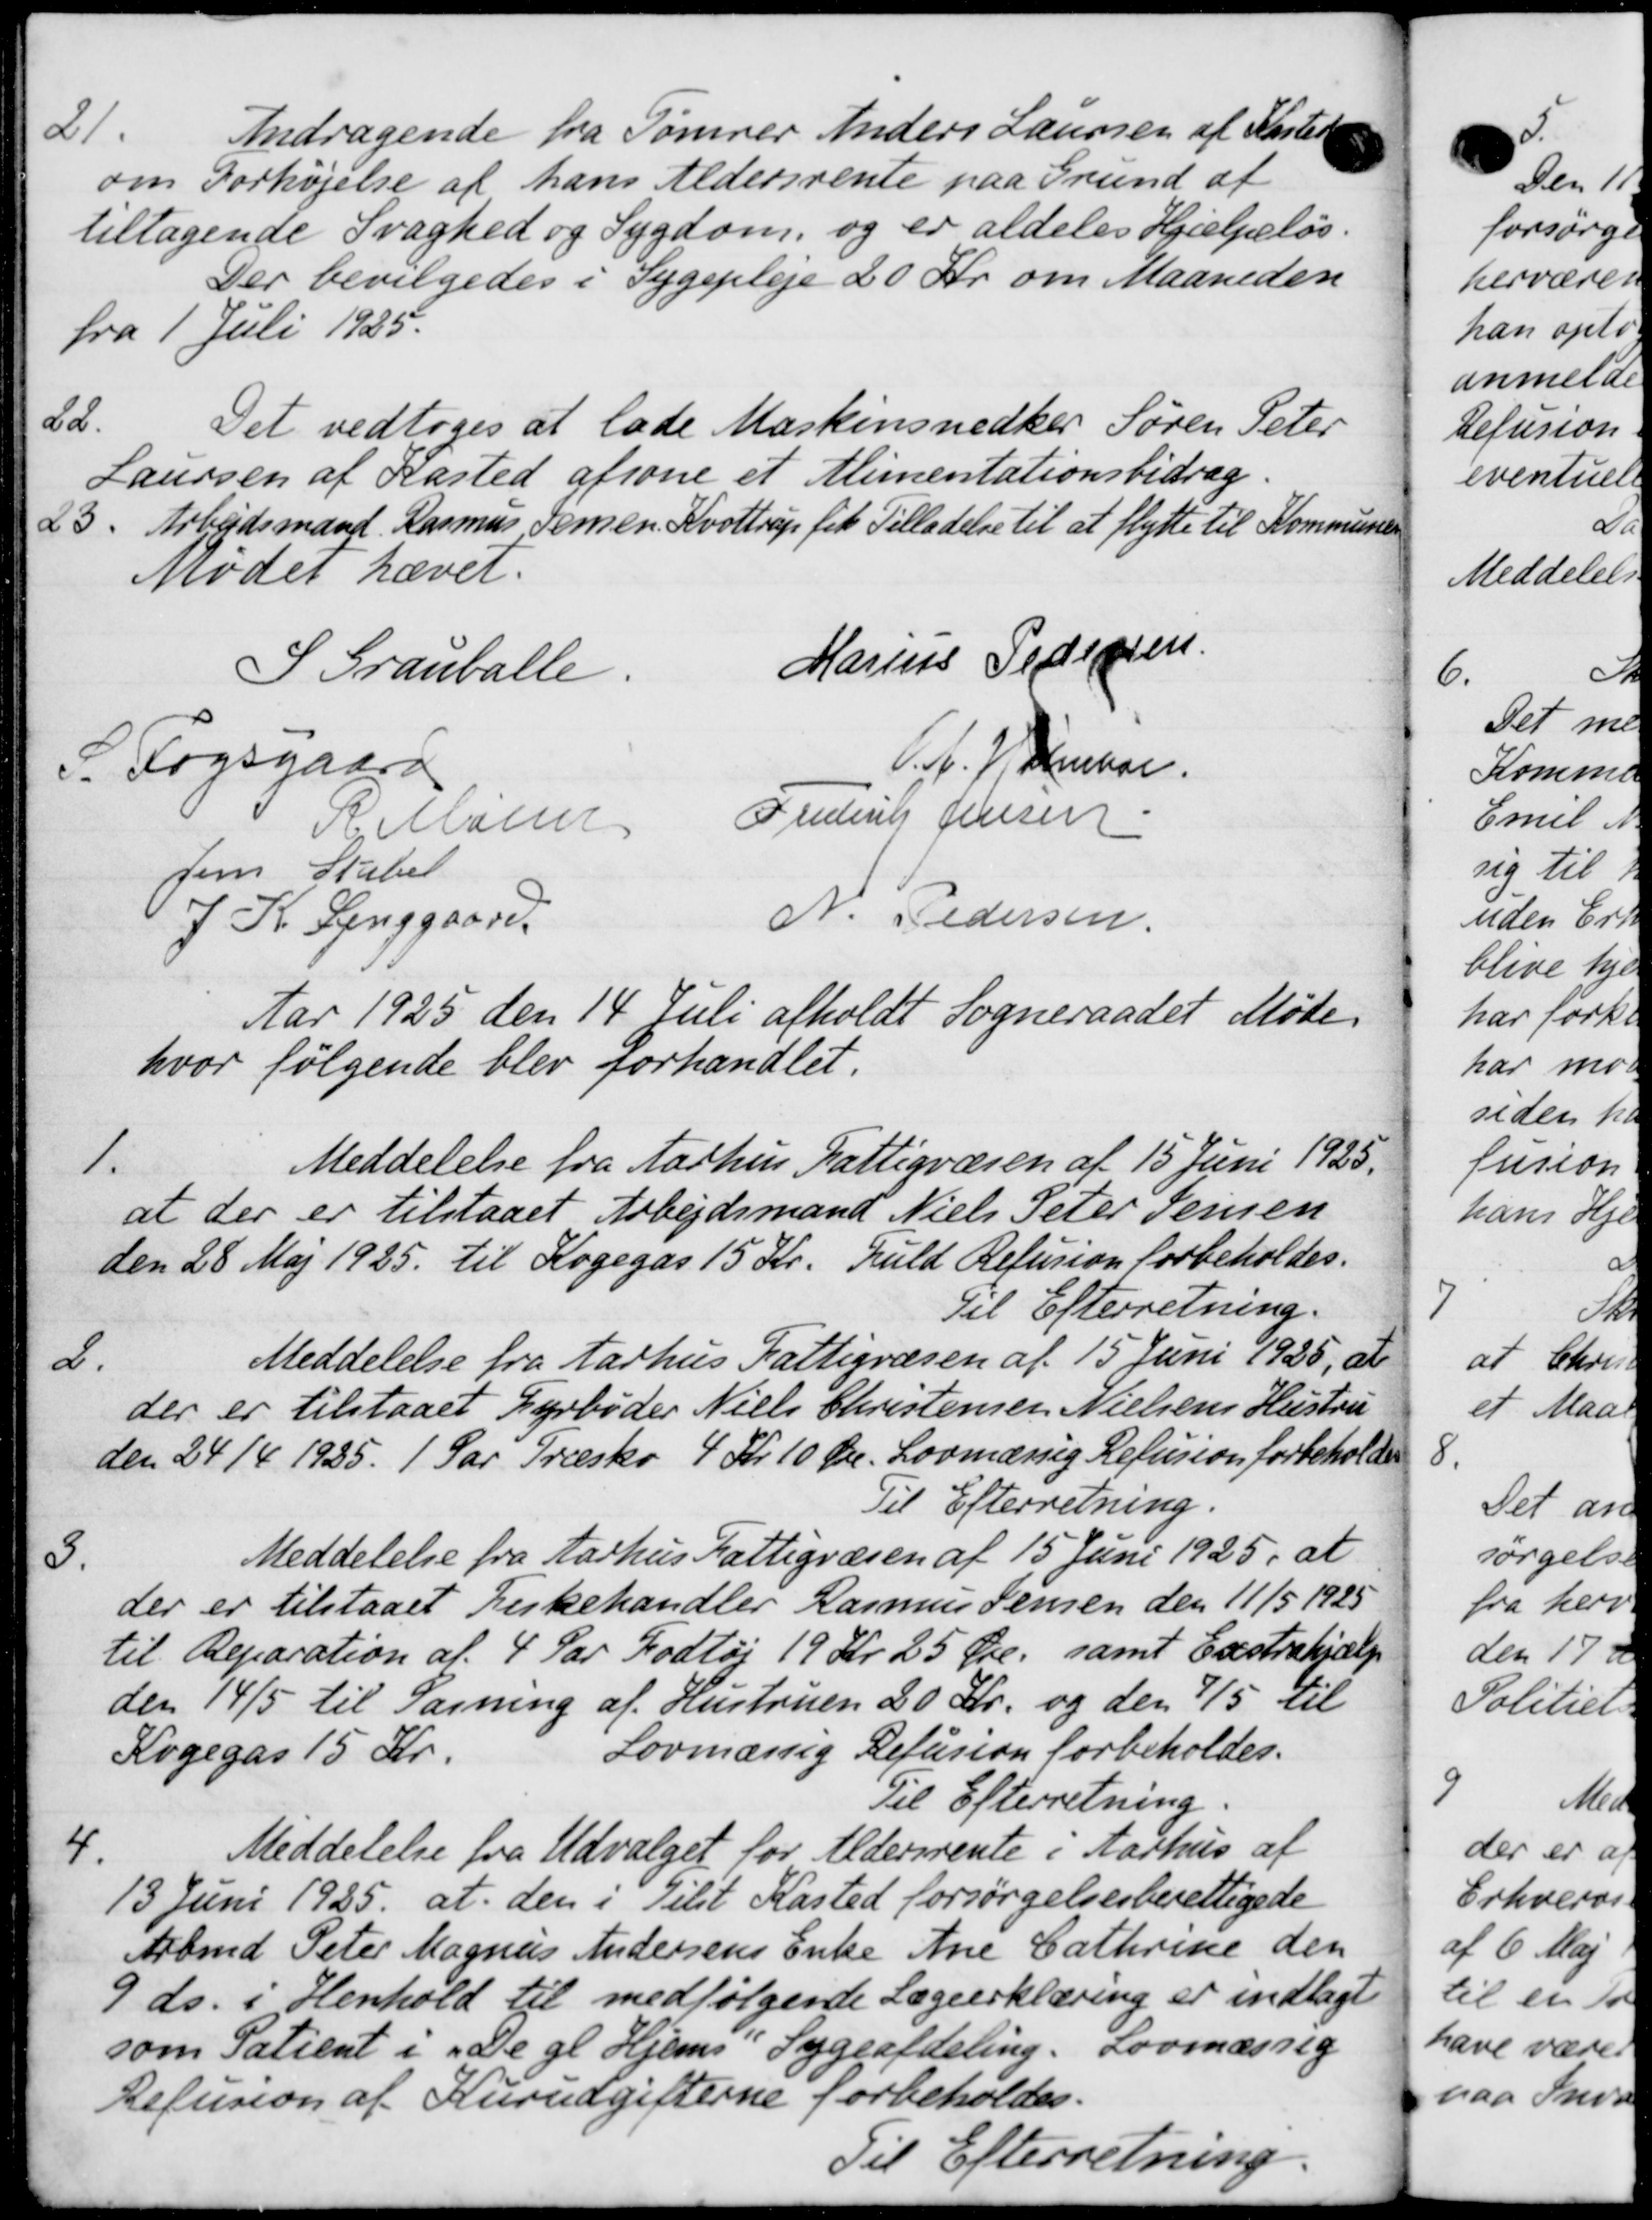
Transskription:
21
Andragende fra Tømrer Anders Laursen af Kaster
om Forhøjelse af hans Aldersrente paa Grund af
tiltagende Svaghed og Sygdom, og er aldeles Hjælpeløs.
Der bevilgedes i Sygepleje 20 Kr. om Maaneden
fra 1 Juli 1925.
22.
Det vedtoges at lade Maskinsnedker Søren Peter
Laursen af Kasted afsone et Alimentationsbidrag.
23. Arbejdsmand Rasmus Jensen Kvottrup fik Tilladelse til at flytte til Kommunen
Mødet hævet.
S Granballe.
Marius Pedersen
P. Fogsgaard
Chr. Hansen
P Møller
Frederik Jensen
Jens Stabel
J. K. Lenggaard
N. Pedersen
Aar 1925 den 14 Juli afholdt Sogneraadet Møde
hvor følgende blev forhandlet.
1.
Meddelelse fra Aarhus Fattigvæsen af 15 Juni 1925.
at der er tilstaaet Arbejdsmand Niels Peter Jensen
den 28 Maj 1925 til Kogegas 15 Kr. fuld Refusion forbeholdes.
Til Efterretning.
2.
Meddelelse fra Aarhus Fattigvæsen af 15 Juni 1925, at
der er tilstaaet Fyrbøder Niels Christensen Nielsens Hustru
den 24/4 1935. 1 Par Træsko 4 Kr 10 Øre. Lovmæssig Refusion forbeholdes
Til Efterretning.
3.
Meddelelse fra Aarhus Fattigvæsen af 15 Juni 1925, at
der er tilstaaet Fiskehandler Rasmus Jensen den 11/5 1925
til Reparation af 4 Par Fodtøj 19 Kr 25 Øre, samt Exstrahjælp
den 14/5 til Sagning af Hustruen 20 Kr. og den 7/5 til
Lovmæssig Refusion forbeholdes.
Kogegas 15 Kr.
Til Efterretning.
4.
Meddelelse fra Udvalget for Aldersrente i Aarhus af
13 Juni 1925 at den i Tilst Kasted forsørgelsesberettigede
Arbmd Peter Magnus Andersens Enke Ane Cathrine den
9 ds. i Henhold til medfølgende Lægeerklæring er indlagt
som Patient i "De gl. Hjems Sygeafdeling. Lovmæssig
Refusion af Kurudgifterne forbeholdes.
Til Efterretning